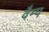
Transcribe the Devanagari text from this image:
वैम्प